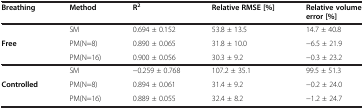
<table><thead><tr><td><b>Breathing</b></td><td><b>Method</b></td><td><b>R<sup>2</sup></b></td><td><b>Relative RMSE [%]</b></td><td><b>Relative volume error [%]</b></td></tr></thead><tbody><tr><td rowspan="3"><b>Free</b></td><td>SM</td><td>0.694 ± 0.152</td><td>53.8 ± 13.5</td><td>14.7 ± 40.8</td></tr><tr><td>PM(N=8)</td><td>0.890 ± 0.065</td><td>31.8 ± 10.0</td><td>-6.5 ± 21.9</td></tr><tr><td>PM(N=16)</td><td>0.900 ± 0.056</td><td>30.3 ± 9.2</td><td>-0.3 ± 23.2</td></tr><tr><td rowspan="3"><b>Controlled</b></td><td>SM</td><td>-0.259 ± 0.768</td><td>107.2 ± 35.1</td><td>99.5 ± 51.3</td></tr><tr><td>PM(N=8)</td><td>0.894 ± 0.061</td><td>31.4 ± 9.2</td><td>-0.2 ± 24.0</td></tr><tr><td>PM(N=16)</td><td>0.889 ± 0.055</td><td>32.4 ± 8.2</td><td>-1.2 ± 24.7</td></tr></tbody></table>